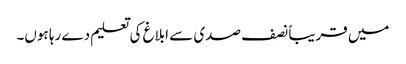
میں قریباً نصف صدی سے ابلاغ کی تعلیم دے رہا ہوں۔